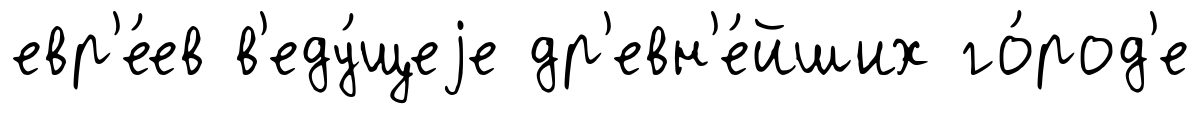
евр'е́ев в'еду́щеjе др'евн'е́йших го́род'е